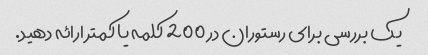
یک بررسی برای رستوران در 200 کلمه یا کمتر ارائه دهید.